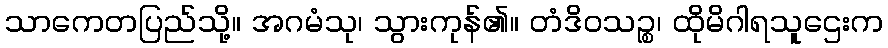
သာကေတပြည်သို့။ အဂမံသု၊ သွားကုန်၏။ တံဒိဝသဉ္စ၊ ထိုမိဂါရသူဌေးက